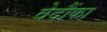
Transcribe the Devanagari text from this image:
वेदौंका